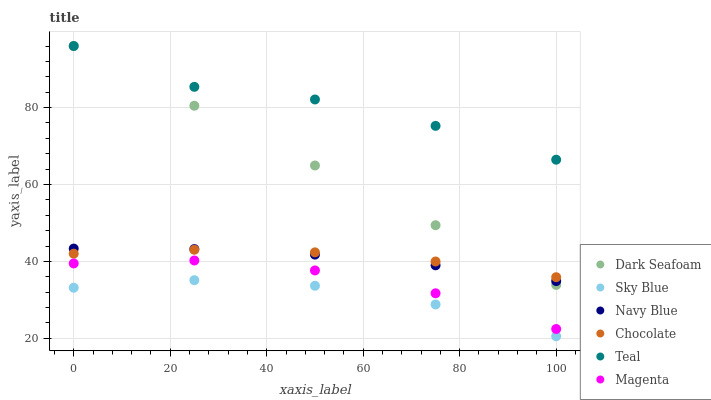
| xaxis_label | Dark Seafoam | Sky Blue | Navy Blue | Chocolate | Teal | Magenta |
 | --- | --- | --- | --- | --- | --- | --- |
 | 0 | 96 | 33.2 | 43.3 | 42 | 96 | 39.5 |
 | 25 | 80.5 | 35.1 | 43.2 | 43 | 85.4 | 40.2 |
 | 50 | 64.9 | 33.7 | 41.8 | 42.4 | 82.1 | 37.7 |
 | 75 | 49.4 | 28.8 | 39 | 40 | 75.2 | 31.7 |
 | 100 | 33.9 | 20.5 | 34.9 | 35.9 | 66.4 | 22.4 |